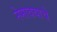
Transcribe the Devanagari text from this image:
नेमावयाचे